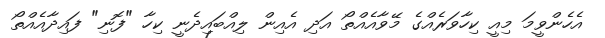
އެހެންވީމަ މިއީ ކިހާވަރެއްގެ މޭވާއެއްތޯ އަދި އެއިން ލިއްބައިދެނީ ކިހާ "ފޮނި" ފައިދާއެއްތޯ